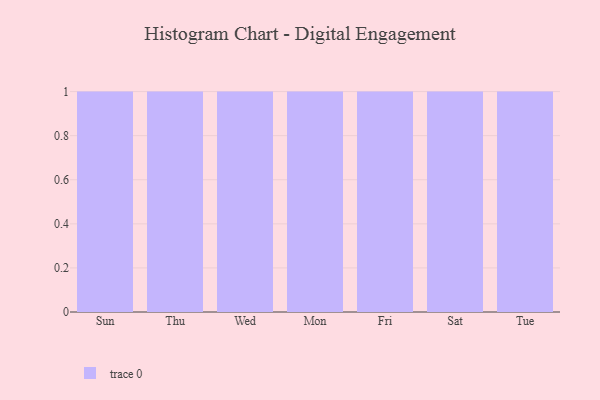
{"axis": {"x": "Day", "y": "Population (Million)"}, "legend": [""], "data": [{"x": "Sun", "y": 28, "type": ""}, {"x": "Thu", "y": 8, "type": ""}, {"x": "Wed", "y": 78, "type": ""}, {"x": "Mon", "y": 12, "type": ""}, {"x": "Fri", "y": 69, "type": ""}, {"x": "Sat", "y": 49, "type": ""}, {"x": "Tue", "y": 67, "type": ""}]}